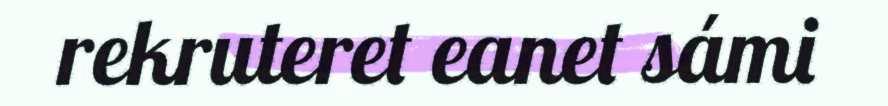
rekruteret eanet sámi